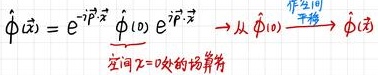
$\hat{\phi}(\vec{x}) = e^{-i\hat{p}\cdot\vec{x}}\hat{\phi}(0)e^{i\hat{p}\cdot\vec{x}} \rightarrow \underset{\text{空间}\vec{x}=0\text{处的场算符}}{\hat{\phi}(0)}\xrightarrow{\text{平移}}\hat{\phi}(\vec{x})$